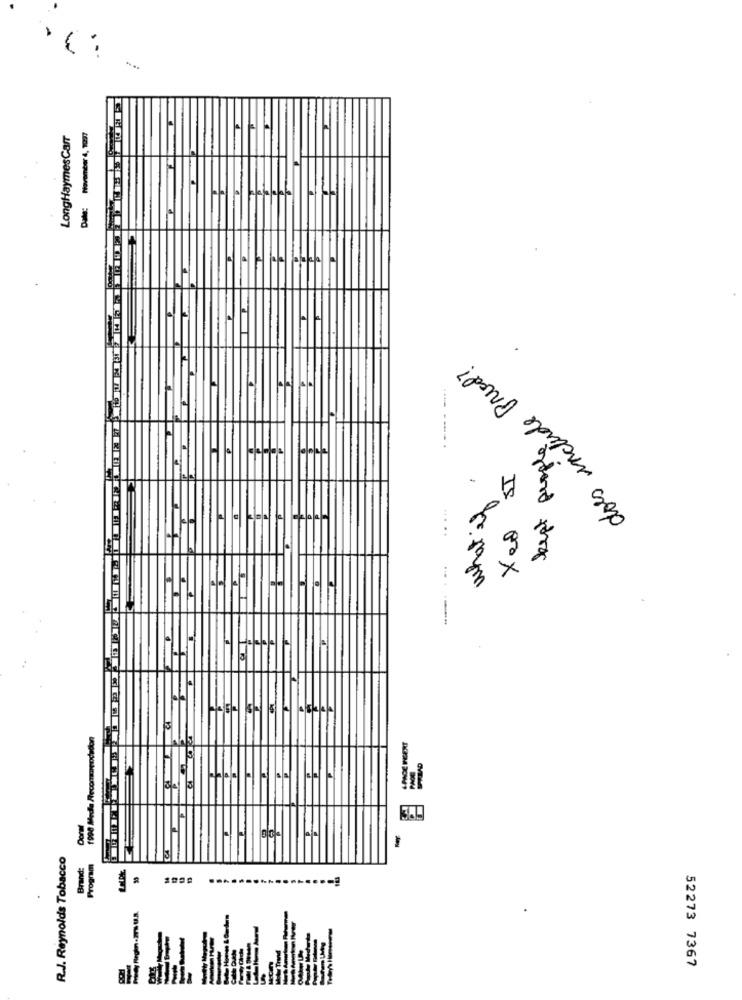
LongHaymesCarr
does include Priol?
IS
....
00x
35
R.J. Reynolds Tobacco
Brand:
HUBOMA
52273 7367